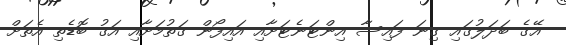
އޭގެ ބަދަލުގައި ގިނަ ފައިސާ އިންޓަނެޓަށާއި އައިފޯން ގަތުމަށާއި އަގު ބޮޑެތި އެތަށް